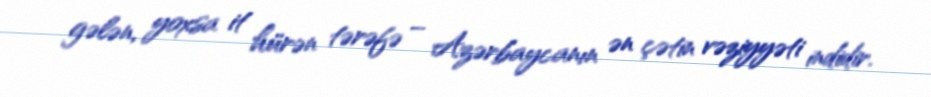
gələn, yoxsa it hürən tərəfə – Azərbaycanın ən çətin vəziyyəti indidir.